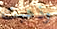
وذهبت